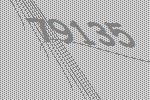
79135